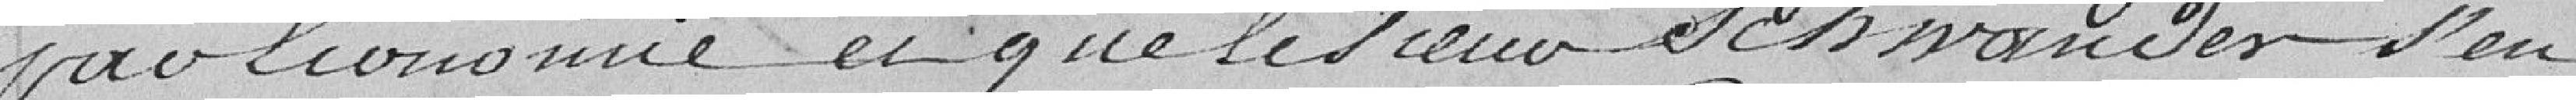
par économie et que le Sieur SCHWANDER s'en